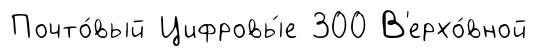
Почто́вый Цифровы́е 300 В'ерхо́вной